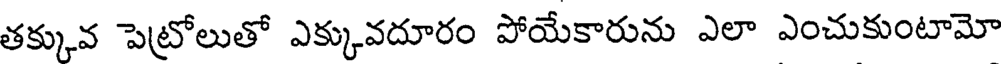
తక్కువ పెట్రోలుతో ఎక్కువదూరం పోయేకారును ఎలా ఎంచుకుంటామో